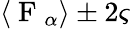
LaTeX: \langle\mathrm{~F~}_{\alpha}\rangle\pm 2\varsigma